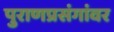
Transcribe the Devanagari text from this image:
पुराणप्रसंगांवर